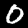
Digit: 0